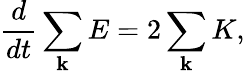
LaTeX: \frac{d}{dt}\sum_{\mathbf k}E=2\sum_{\mathbf k}K,